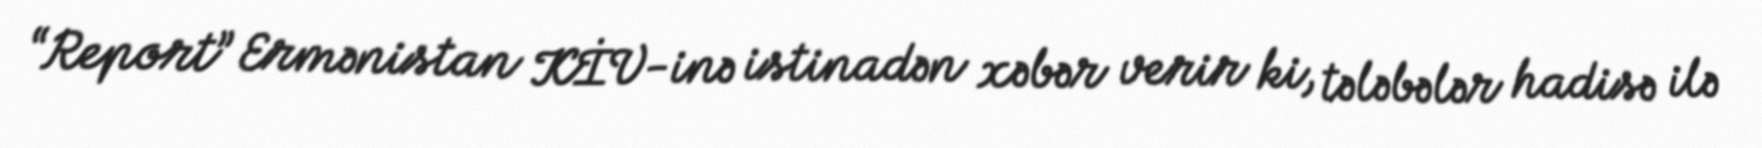
“Report” Ermənistan KİV-inə istinadən xəbər verir ki, tələbələr hadisə ilə